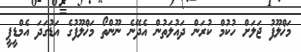
މަޚްލޫފު ޖަލަށް ހުކުމް ކުރަން ދައުލަތުން އެދޭނެ ނޫންތޯ މަޚްލޫފުގެ އަޑުގަދަ އެމްޑީޕީ